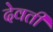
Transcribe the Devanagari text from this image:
देवती